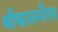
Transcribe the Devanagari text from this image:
श्रीकालभैरव